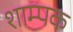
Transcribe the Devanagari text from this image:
शाम्पक